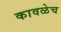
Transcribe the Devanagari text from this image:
कावळेच